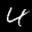
Label: 4